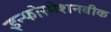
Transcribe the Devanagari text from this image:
इन्फोरमेशनवीक